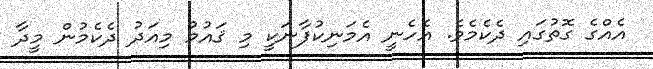
އެއްގެ ގޮތުގައި ދެކެމެވެ. އެހެނީ އެމަނިކުފާނަކީ މި ޤައުމު މިއަދު ދެކެމުން މީދާ